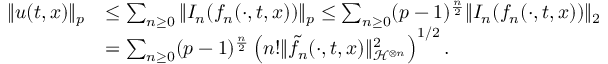
\begin{array} { r l } { \Vert u ( t , x ) \Vert _ { p } } & { \leq \sum _ { n \geq 0 } \Vert I _ { n } ( f _ { n } ( \cdot , t , x ) ) \Vert _ { p } \leq \sum _ { n \geq 0 } ( p - 1 ) ^ { \frac n 2 } \Vert I _ { n } ( f _ { n } ( \cdot , t , x ) ) \Vert _ { 2 } } \\ & { = \sum _ { n \geq 0 } ( p - 1 ) ^ { \frac n 2 } \left( n ! \Vert \tilde { f _ { n } } ( \cdot , t , x ) \Vert _ { \mathcal { H } ^ { \otimes n } } ^ { 2 } \right) ^ { 1 / 2 } . } \end{array}